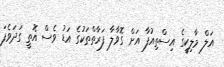
އަލް މާލިކީގެ އިސްތިއުފާ އަށް ގޮވާލާ ފަރާތްތަކުގެ އަޑު ވެސް އޮތީ ގަދަވެފަ